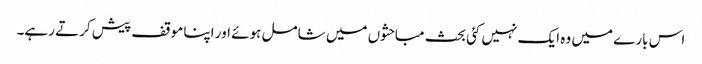
اس بارے میں وہ ایک نہیں کئی بحث مباحثوں میں شامل ہوئے اور اپنا موقف پیش کرتے رہے۔